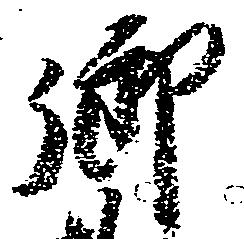
御